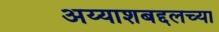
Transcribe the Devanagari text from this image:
अय्याशबद्दलच्या